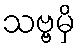
သဗ္ဗမှိ